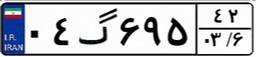
۰۷گ۰۵۴۹۱